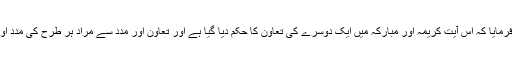
کے ذیل میں گفتگو فرمایی آپ نے فرمایا کہ اس آیت کریمہ اور مبارکہ میں ایک دوسرے کی تعاون کا حکم دیا گیا ہے اور تعاون اور مدد سے مراد ہر طرح کی مدد اور تعاون ہے چھوٹی ہو چاہے بڑی ۔